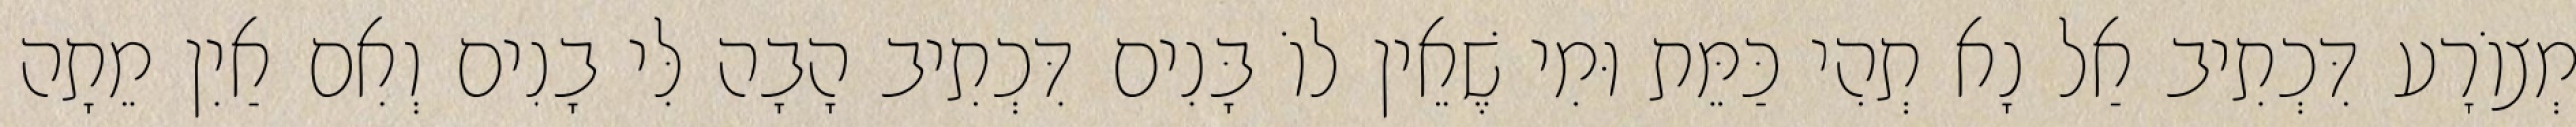
מְצוֹרָע דִּכְתִיב אַל נָא תְהִי כַּמֵּת וּמִי שֶׁאֵין לוֹ בָּנִים דִּכְתִיב הָבָה לִּי בָנִים וְאִם אַיִן מֵתָה